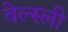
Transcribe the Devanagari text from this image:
वेल्स्ली